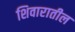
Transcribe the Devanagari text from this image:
शिवारातील